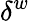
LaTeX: \delta^{w}